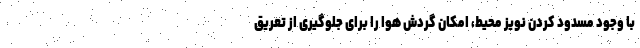
با وجود مسدود کردن نویز محیط، امکان گردش هوا را برای جلوگیری از تعریق